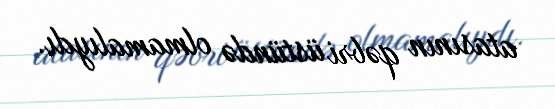
atasının qəbri üstündə olmamalıydı.